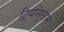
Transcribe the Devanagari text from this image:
ट्रियांगुलम